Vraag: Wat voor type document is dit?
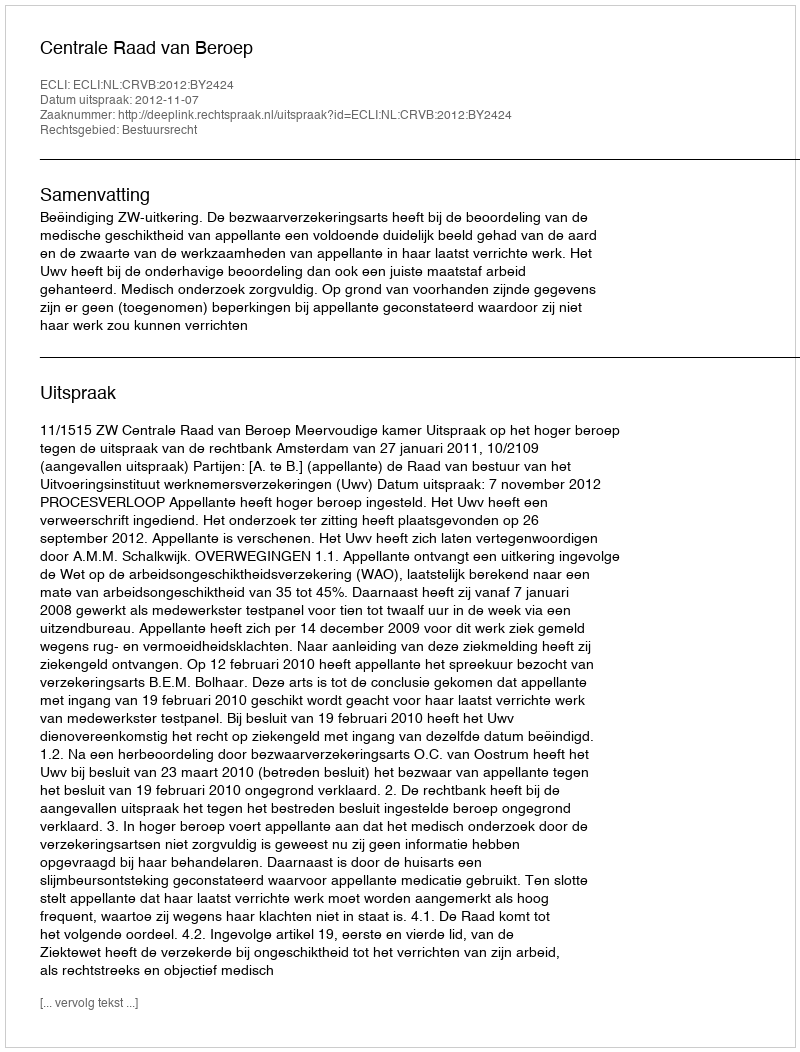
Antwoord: Uitspraak